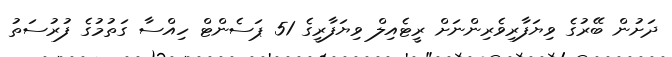
ދަށުން ބޭރުގެ ވިޔަފާރިވެރިންނަށް ރީޓެއިލް ވިޔަފާރީގެ 51 ޕަސެންޓް ހިއްސާ ގަތުމުގެ ފުރުސަތު